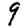
Digit: 9